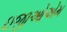
ઇજીઓએમ